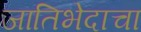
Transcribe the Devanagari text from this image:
जातिभेदाचा